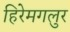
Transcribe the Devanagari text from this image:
हिरेमगलुर